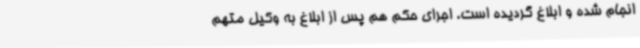
انجام شده و ابلاغ گردیده است. اجرای حکم هم پس از ابلاغ به وکیل متهم